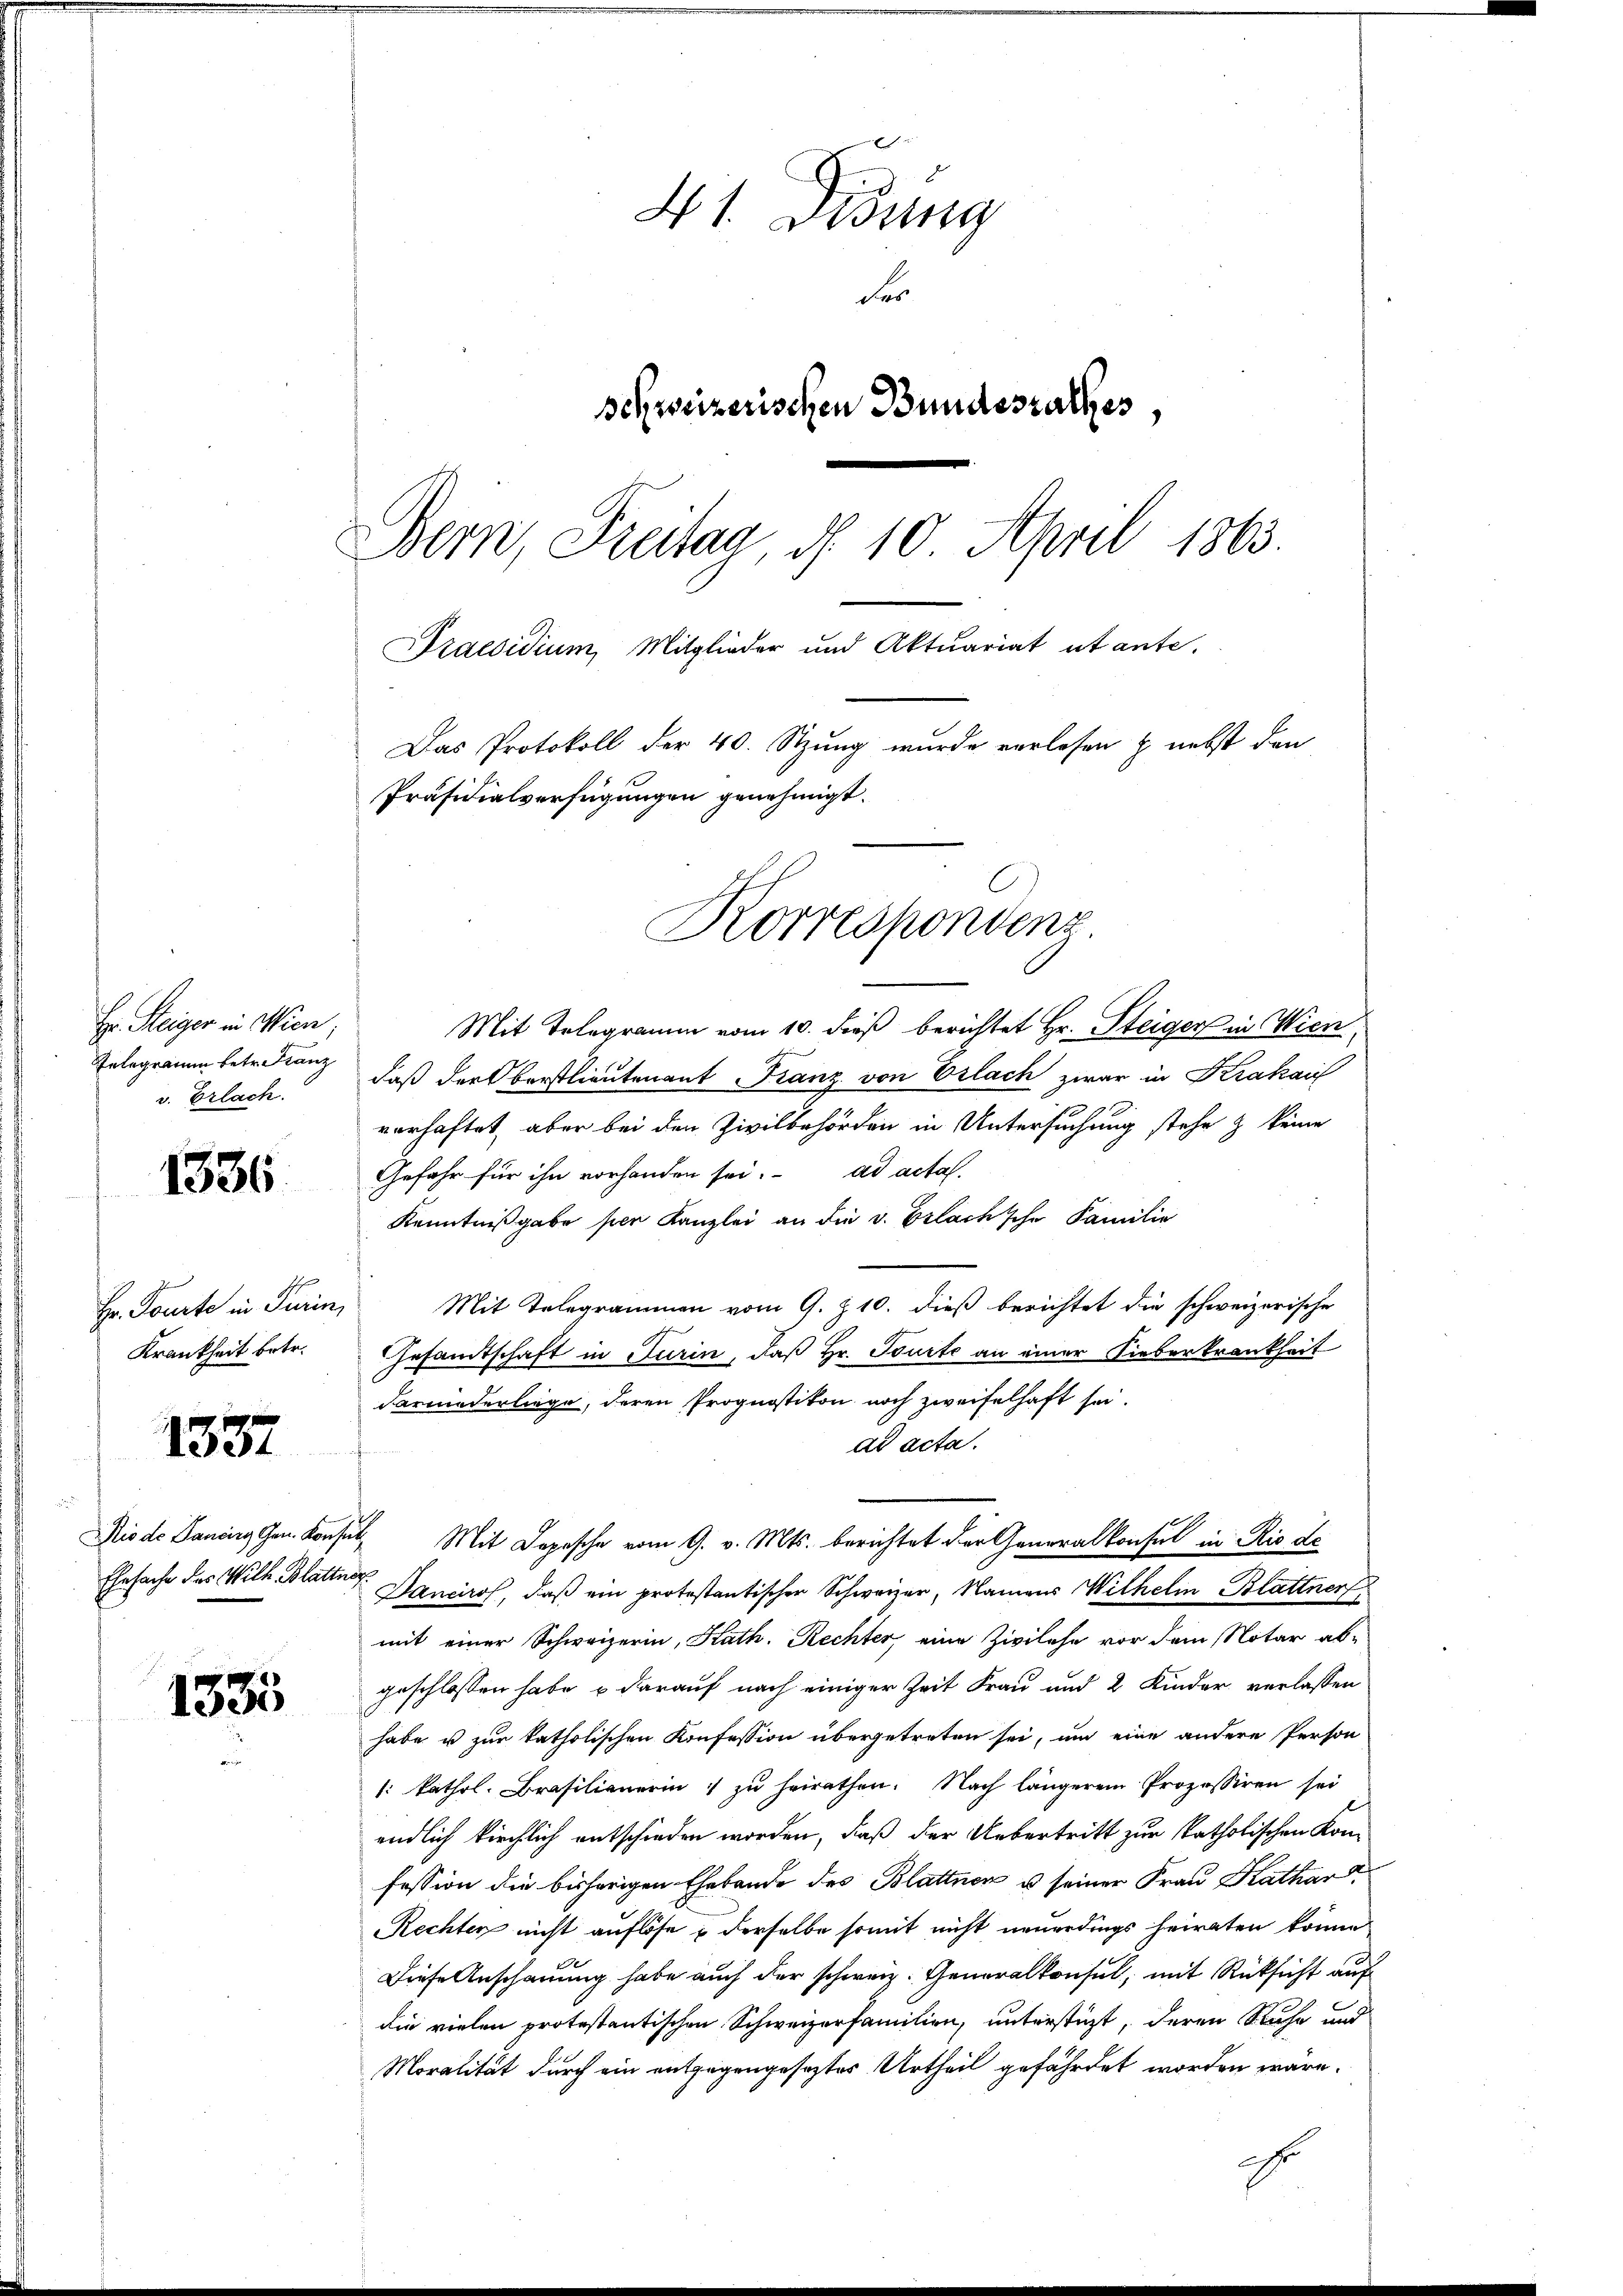
Hr. Steiger in Wien,
Telegramm betr. Franz
v. Erlach.

1336.

Hr. Pourte in Turin,
Krankheit betr.

1337

1335

41. Didung
der
schweizerischen Bundesrathes,
Bern, Freitag, d. 10 April 1863.
Praesidium, Mitglieder und Aktuariat utante.
Das Protokoll der 40. Stzung wurde verlesen & nebst den
Präsidialverfügungen genehmigt.

Mit Telegramm vom 10. dieß berichtet Hr. Steiger in Wien
daß der Berstlieutenant Franz von Erlach zwar in Krakau
vorhaftet, aber bei den Zivilbehörden in Untersuchung stehe & keine
ad acta.
Gefahr für ihn vorhanden sei.
Kenntnißgabe per Kanzlei an die v. Erlachsche Familie
Mit Telegrammen vom 9. Z. 10. dieß berichtet die schweizerische
Gesandtschaft in Turin, daß Hr. Tourte an einer Sieberkrankheit
darniederliege, deren Prognostikon noch zweifelhaft sei.
ad acta.
Mio de Danzig Gen. Konsul Mit Depesche vom 9. v. Mts. berichtet der Generalkonsul in Rio de
Ehrsache des Wilh. Blatter Mancirof, daß ein protestantischer Schweizer, Namens Wilhelm Blattner
mit einer Schweizerin, Kath. Rechter, eine Zivilehe vor dem Notar ab-
geschlossen habe, u darauf nach einiger Zeit Frau und 2 Kinder verlassen
habe u zur katholischen Konfession übergetreten sei, um eine andere Person
1: kathol. Brasilienerin zŭ heirathen. Nach längerem Prozessiren sei
endlich kirchlich entschieden worden, daß der Uebertritt zur katholischen Konfession die bisherigen Ehebande des Blattnen u seiner Frau Kathar
Rechten nicht auflöse & derselbe somit nicht neuerdings heiraten könne
Diese Anschauung habe auch der schweiz. Generalkonsul, mit Rücksicht auf
die vielen protestantischen Schweizerfamilien, unterstüzt, deren Ruhe und
Moralität durch ein entgegengeseztes Urtheil gefährdet worden wäre.
ehr

Korrespondenz